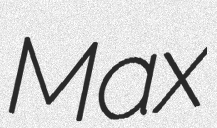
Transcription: Max